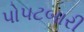
પો૫ટબારી